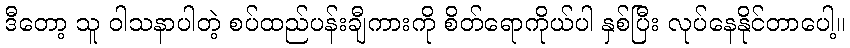
ဒီတော့ သူ ဝါသနာပါတဲ့ စပ်ထည်ပန်းချီကားကို စိတ်ရောကိုယ်ပါ နှစ်ပြီး လုပ်နေနိုင်တာပေါ့။